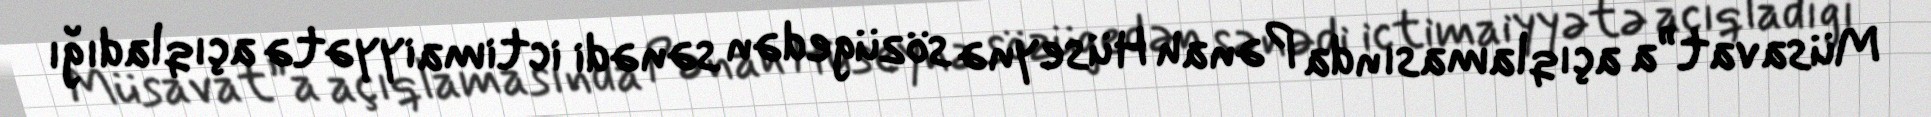
Müsavat”a açıqlamasında Pənah Hüseynə sözügedən sənədi ictimaiyyətə açıqladığı